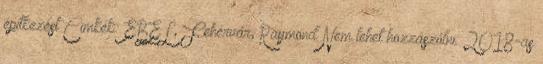
építkezést Cimkék: EBEL, Fehérvár, Raymond Nem lehet hozzászólni. 2018-as